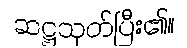
ဆဋ္ဌသုတ်ပြီး၏။